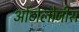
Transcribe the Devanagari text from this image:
ओंटोलोजीस